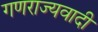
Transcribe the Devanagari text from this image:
गणराज्यवादी